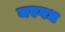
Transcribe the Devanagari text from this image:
मरगध